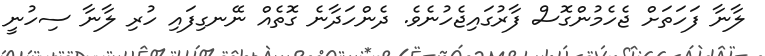
ލާނާ ފަހަތަށް ޖެހެމުންގޮސް ފާރުގައިޖެހުނެވެ. ދެންހަދާނެ ގޮތެއް ނޭނގިފައި ހުރި ލާނާ ސިހުނީ